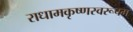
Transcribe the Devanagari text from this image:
राधामकृष्णस्वरूपम